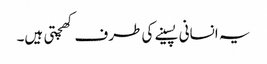
یہ انسانی پسینے کی طرف کھچتی ہیں۔